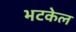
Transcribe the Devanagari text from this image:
भटकेल